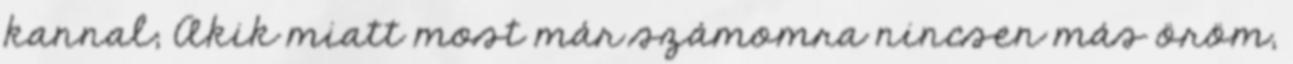
kannal; Akik miatt most már számomra nincsen más öröm,